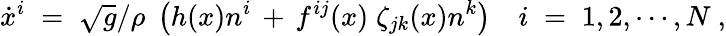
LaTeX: \dot{x}^{i}\; =\; \sqrt{g}/\rho\; \left(h(x)n^{i}\, +\, f^{ij}(x)\; \zeta_{jk}(x)n^{k}\right)\quad i\; =\; 1,2,\cdots,N\ ,